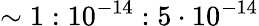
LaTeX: \sim 1:10^{-14}:5\cdot 10^{-14}